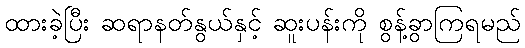
ထားခဲ့ပြီး ဆရာနတ်နွယ်နှင့် ဆူးပန်းကို စွန့်ခွာကြရမည်